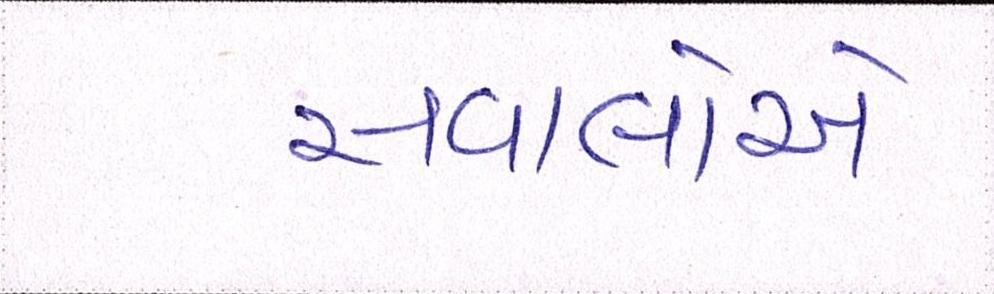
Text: સવાલોએ